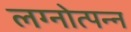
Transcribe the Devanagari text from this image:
लग्नोत्पन्न